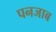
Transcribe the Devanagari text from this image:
पनजाब